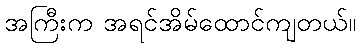
အကြီးက အရင်အိမ်ထောင်ကျတယ်။